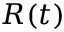
R ( t )